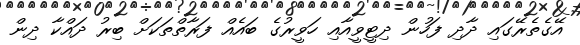
އޭގެތެރޭގައި ދާދި ފަހުން ދިޓީވީއާއި ހަވީރުގެ ބައެއް ފަރާތްތަކަށް ބިރު ދައްކާ ދިން